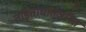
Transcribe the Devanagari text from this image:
तड़िताघातजनित